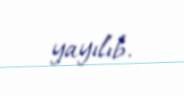
yayılıb.